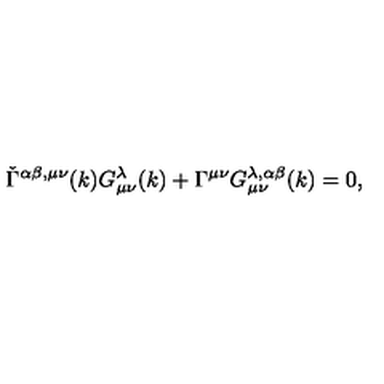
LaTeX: \check { \Gamma } ^ { \alpha \beta , \mu \nu } ( k ) G _ { \mu \nu } ^ { \lambda } ( k ) + \Gamma ^ { \mu \nu } G _ { \mu \nu } ^ { \lambda , \alpha \beta } ( k ) = 0 ,